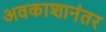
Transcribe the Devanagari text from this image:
अवकाशानंतर